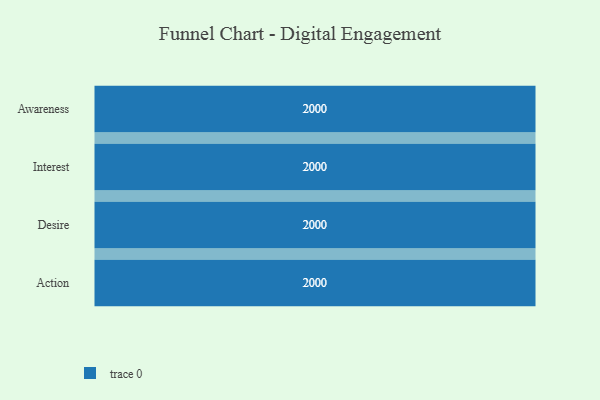
{"axis": {"x": "Stage", "y": "Value"}, "legend": [""], "data": [{"x": "Awareness", "y": 2000, "type": ""}, {"x": "Interest", "y": 2000, "type": ""}, {"x": "Desire", "y": 2000, "type": ""}, {"x": "Action", "y": 2000, "type": ""}]}